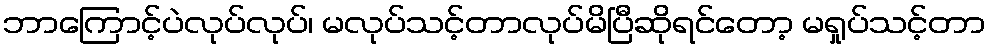
ဘာကြောင့်ပဲလုပ်လုပ်၊ မလုပ်သင့်တာလုပ်မိပြီဆိုရင်တော့ မရှုပ်သင့်တာ